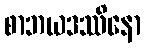
စာဘယဒဿိနော